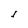
Character: I